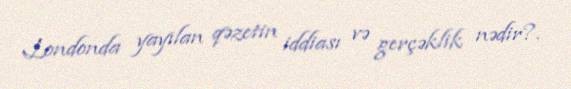
Londonda yayılan qəzetin iddiası və gerçəklik nədir?.